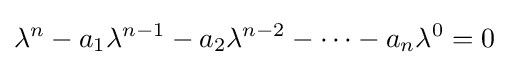
\lambda ^{n}-a_{1}\lambda ^{n-1}-a_{2}\lambda ^{n-2}-\dots -a_{n}\lambda ^{0}=0